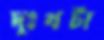
দুঃখটা